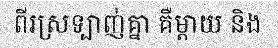
ពីរស្រទ្បាញ់គ្នា គឺម្តាយ និង